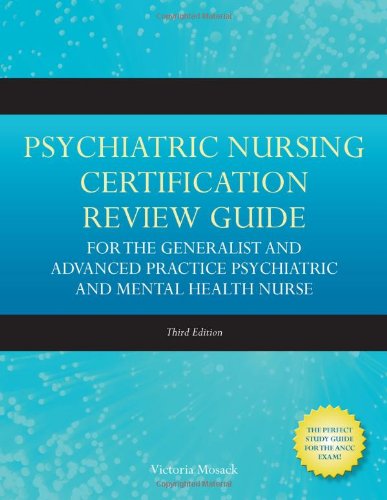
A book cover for Psychiatric Nursing Certification Review Guide For The Generalist And Advanced Practice Psychiatric And Mental Health Nurse (Mosack, Psychiatric ... Review Guide for the Generalist and Advance); Victoria Mosack; Medical Books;